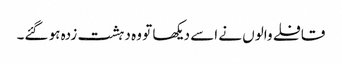
قافلے والوں نے اسے دیکھا تو وہ دہشت زدہ ہو گئے۔